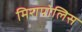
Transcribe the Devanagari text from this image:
मिरापोलिस